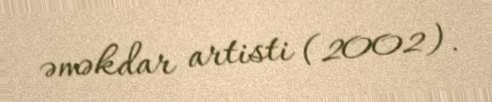
əməkdar artisti (2002).